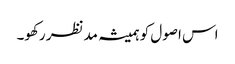
اس اصول کو ہمیشہ مدنظر رکھو۔